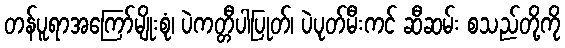
တန်ပူရာအကြော်မျိုးစုံ၊ ပဲကတ္တီပါပြုတ်၊ ပဲပုတ်မီးကင် ဆီဆမ်း စသည်တို့ကို